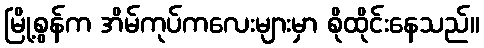
မြို့စွန်က အိမ်ကုပ်ကလေးများမှာ စိုထိုင်းနေသည်။